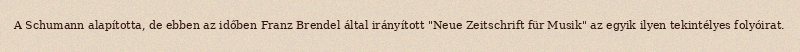
A Schumann alapította, de ebben az időben Franz Brendel által irányított "Neue Zeitschrift für Musik" az egyik ilyen tekintélyes folyóirat.